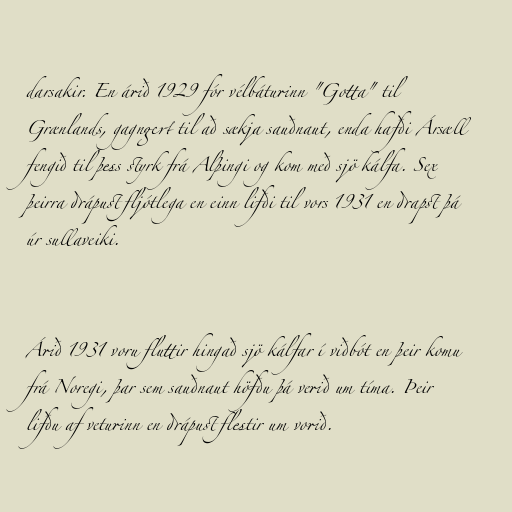
darsakir. En árið 1929 fór vélbáturinn "Gotta" til
Grænlands, gagngert til að sækja sauðnaut, enda hafði Ársæll
fengið til þess styrk frá Alþingi og kom með sjö kálfa. Sex
þeirra drápust fljótlega en einn lifði til vors 1931 en drapst þá
úr sullaveiki.

Árið 1931 voru fluttir hingað sjö kálfar í viðbót en þeir komu
frá Noregi, þar sem sauðnaut höfðu þá verið um tíma. Þeir
lifðu af veturinn en drápust flestir um vorið.